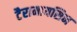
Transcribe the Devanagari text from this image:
टैरामायसिन